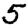
Digit: 5